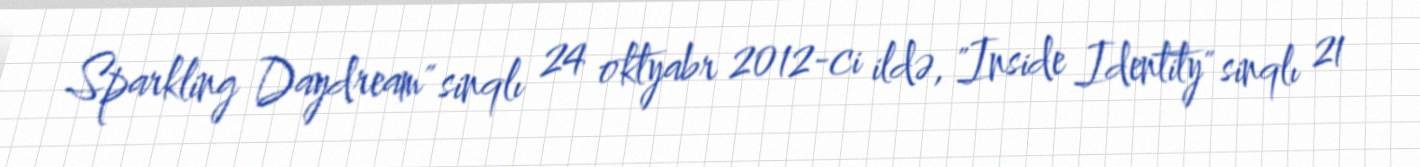
Sparkling Daydream" sinqlı 24 oktyabr 2012-ci ildə, "Inside Identity" sinqlı 21